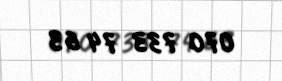
070 733 74 63